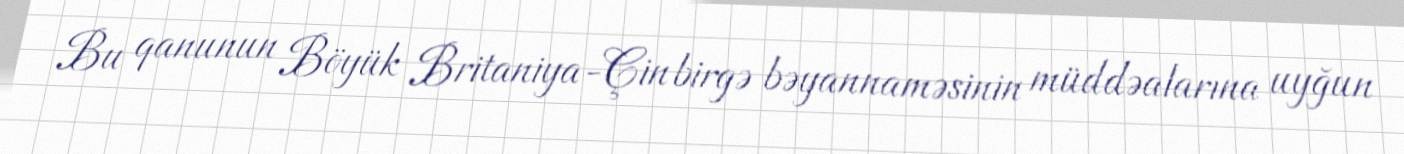
Bu qanunun Böyük Britaniya-Çin birgə bəyannaməsinin müddəalarına uyğun